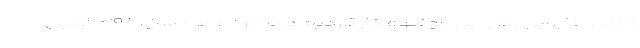
کنند. بنابراین روی این موضوع کار کردیم و در مرداد ماه سال ۱۳۹۸ اولین